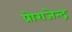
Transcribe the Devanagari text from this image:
प्रोराजेन्द्र